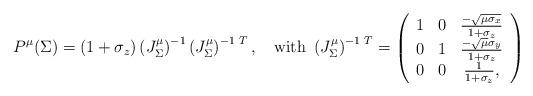
LaTeX: \begin{align*}P^\mu(\Sigma)=(1+\sigma_z)\left(J^\mu_{\Sigma}\right)^{-1}\left(J^\mu_{\Sigma}\right)^{-1\,\,T},\quad\mbox{with }\left(J^\mu_{\Sigma}\right)^{-1\,\,T}=\left(\begin{array}{ccc} 1 & 0 & \frac{-\sqrt{\mu\sigma_x}}{1+\sigma_z}\\0 & 1 & \frac{-\sqrt{\mu}\sigma_y}{1+\sigma_z}\\ 0 & 0 & \frac{1}{1+\sigma_z},\end{array}\right)\end{align*}